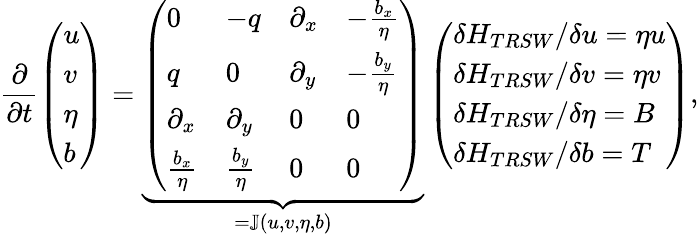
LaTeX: \frac{\partial}{\partial t}\left(\begin{array}{l}{u}\\ {v}\\ {\eta}\\ {b}\end{array}\right)=\underbrace{\left(\begin{array}{llll}{0}&{-q}&{\partial_{x}}&{-\frac{b_{x}}{\eta}}\\ {q}&{0}&{\partial_{y}}&{-\frac{b_{y}}{\eta}}\\ {\partial_{x}}&{\partial_{y}}&{0}&{0}\\ {\frac{b_{x}}{\eta}}&{\frac{b_{y}}{\eta}}&{0}&{0}\end{array}\right)}_{=\mathbb{J}(u,v,\eta,b)}\left(\begin{array}{l}{\delta H_{TRSW}/\delta u=\eta u}\\ {\delta H_{TRSW}/\delta v=\eta v}\\ {\delta H_{TRSW}/\delta\eta=B}\\ {\delta H_{TRSW}/\delta b=T}\end{array}\right),